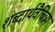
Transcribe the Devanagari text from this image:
शब्दार्थवैचित्र्य